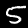
Label: 5